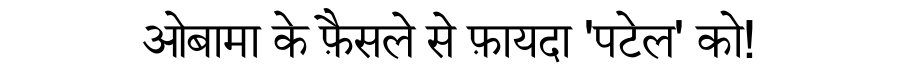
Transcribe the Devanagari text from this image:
ओबामा के फ़ैसले से फ़ायदा 'पटेल' को!